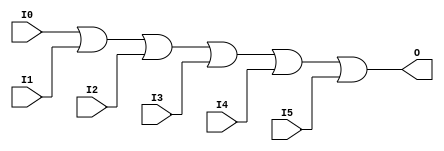
module X_OR6 (O, I0, I1, I2, I3, I4, I5);

  parameter LOC = "UNPLACED";
  output O;
  input I0, I1, I2, I3, I4, I5;

  or (O, I0, I1, I2, I3, I4, I5);

  specify

	(I0 => O) = (0:0:0, 0:0:0);
	(I1 => O) = (0:0:0, 0:0:0);
	(I2 => O) = (0:0:0, 0:0:0);
	(I3 => O) = (0:0:0, 0:0:0);
	(I4 => O) = (0:0:0, 0:0:0);
	(I5 => O) = (0:0:0, 0:0:0);

	specparam PATHPULSE$ = 0;

  endspecify

endmodule